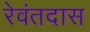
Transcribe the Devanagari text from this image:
रेवंतदास